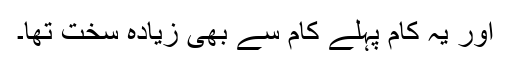
اور یہ کام پہلے کام سے بھی زیادہ سخت تھا۔